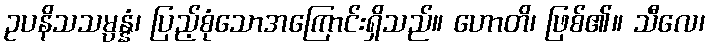
ဥပနိသသမ္ပန္နံ၊ ပြည့်စုံသောအကြောင်းရှိသည်။ ဟောတိ၊ ဖြစ်၏။ သီလေ၊